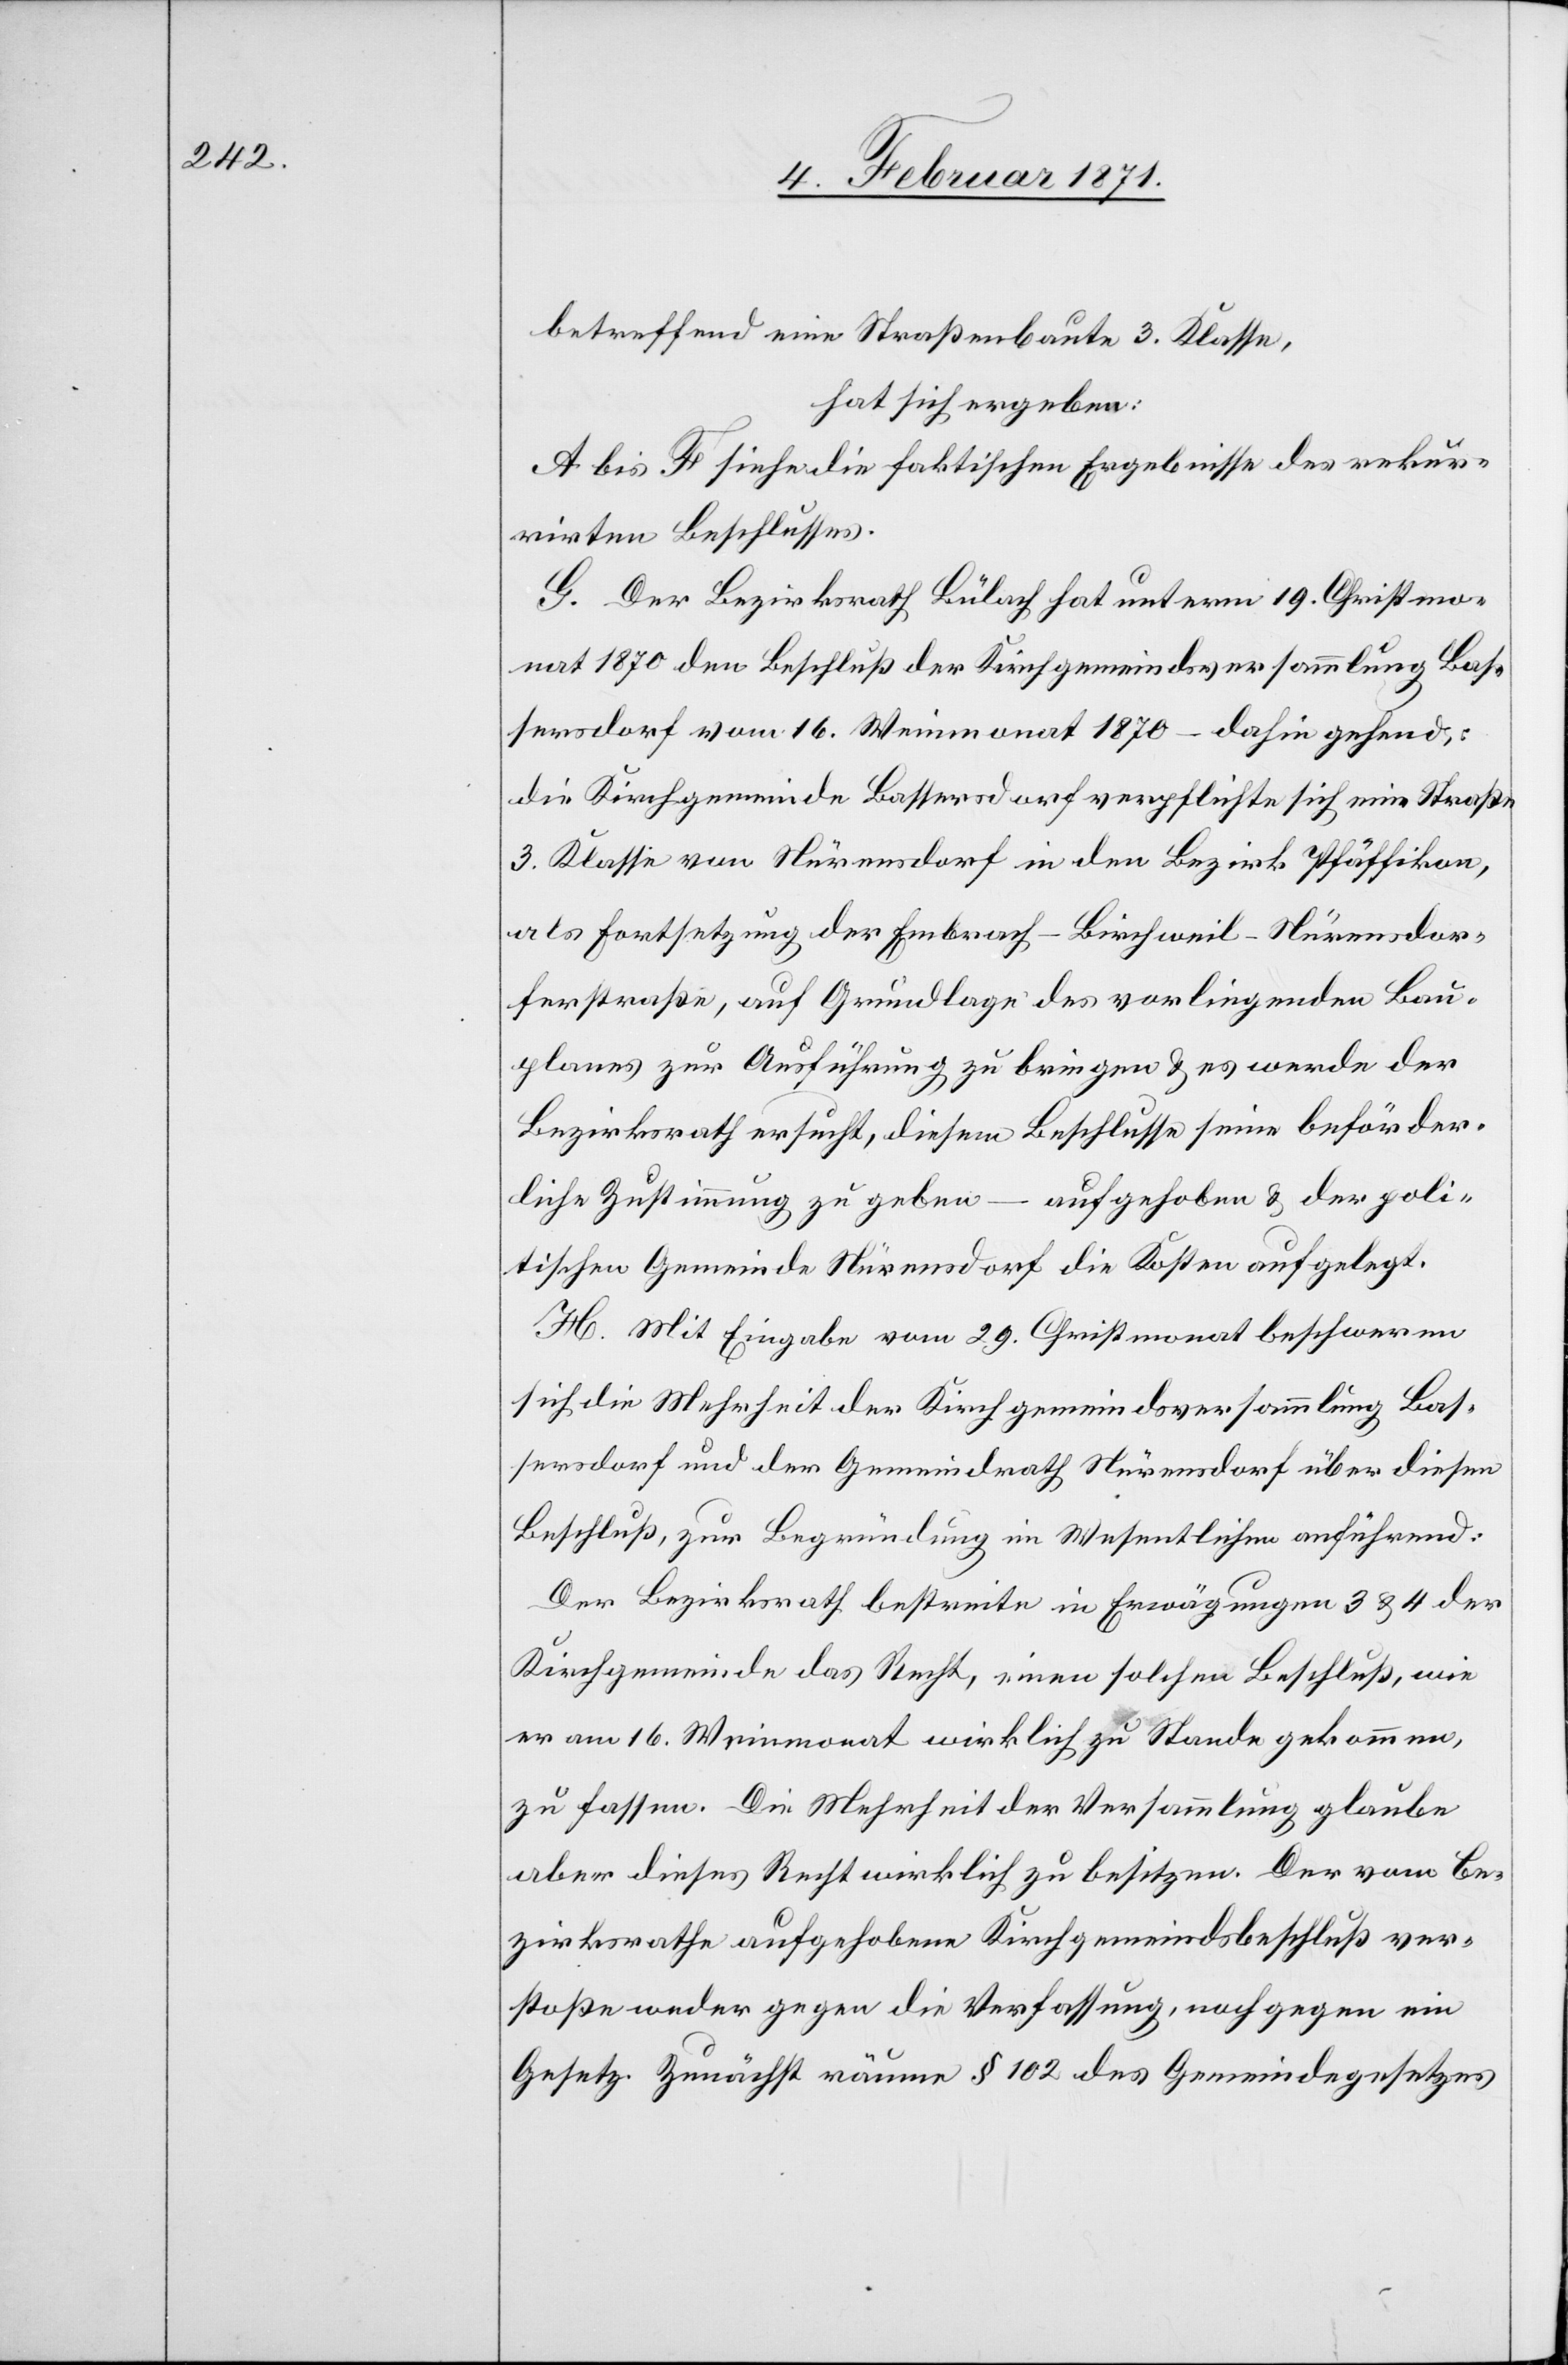
betreffend eine Straßenbaute 3. Klasse,
hat sich ergeben:
A bis F siehe die faktischen Ergebnisse des rekur¬
rirten Beschlusses.
G. Der Bezirksrath Bülach hat unterm 19. Christmo¬
nat 1870 den Beschluß der Kirchgemeindsversammlung Bas¬
sersdorf vom 16. Weinmonat 1870 – dahin gehend:
die Kirchgemeinde Bassersdorf verpflichte sich eine Straße
3. Klasse von Nürensdorf in den Bezirk Pfäffikon,
als Fortsetzung der Embrach-Birchweil-Nürensdor¬
ferstraße, auf Grundlage des vorliegenden Bau¬
planes zur Ausführung zu bringen u. es werde der
Bezirksrath ersucht, diesem Beschlusse seine beförder¬
aufgehoben u. der poli¬
liche Zustimmung zu geben –
tischen Gemeinde Nürensdorf die Kosten aufgelegt.
H. Mit Eingabe vom 29. Christmonat beschweren
sich die Mehrheit der Kirchgemeindsversammlung Bas¬
sersdorf und der Gemeindrath Nürensdorf über diesen
Beschluß, zur Begründung im Wesentlichen anführend:
Der Bezirksrath bestreite in Erwägungen 3 u. 4 der
Kirchgemeinde das Recht, einen solchen Beschluß, wie
er am 16. Weinmonat wirklich zu Stande gekommen,
zu fassen. Die Mehrheit der Versammlung glaube
aber dieses Recht wirklich zu besitzen. Der vom Be¬
zirksrathe aufgehobene Kirchgemeindsbeschluß ver¬
stoße weder gegen die Verfassung, noch gegen ein
Gesetz. Zunächst räume § 102 des Gemeindgesetzes